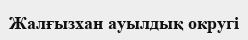
Жалғызхан ауылдық округі